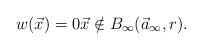
LaTeX: \begin{align*} w(\vec{x})=0 \vec{x}\notin B_{\infty}(\vec{a}_{\infty},r).\end{align*}